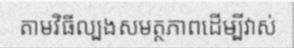
តាមវិធីល្បងសមត្ថភាពដើម្បីវាស់